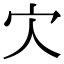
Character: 𡦼